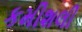
કમીશલી